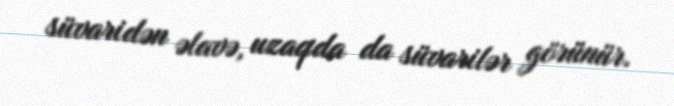
süvaridən əlavə, uzaqda da süvarilər görünür.